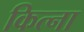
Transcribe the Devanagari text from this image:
कित्ना